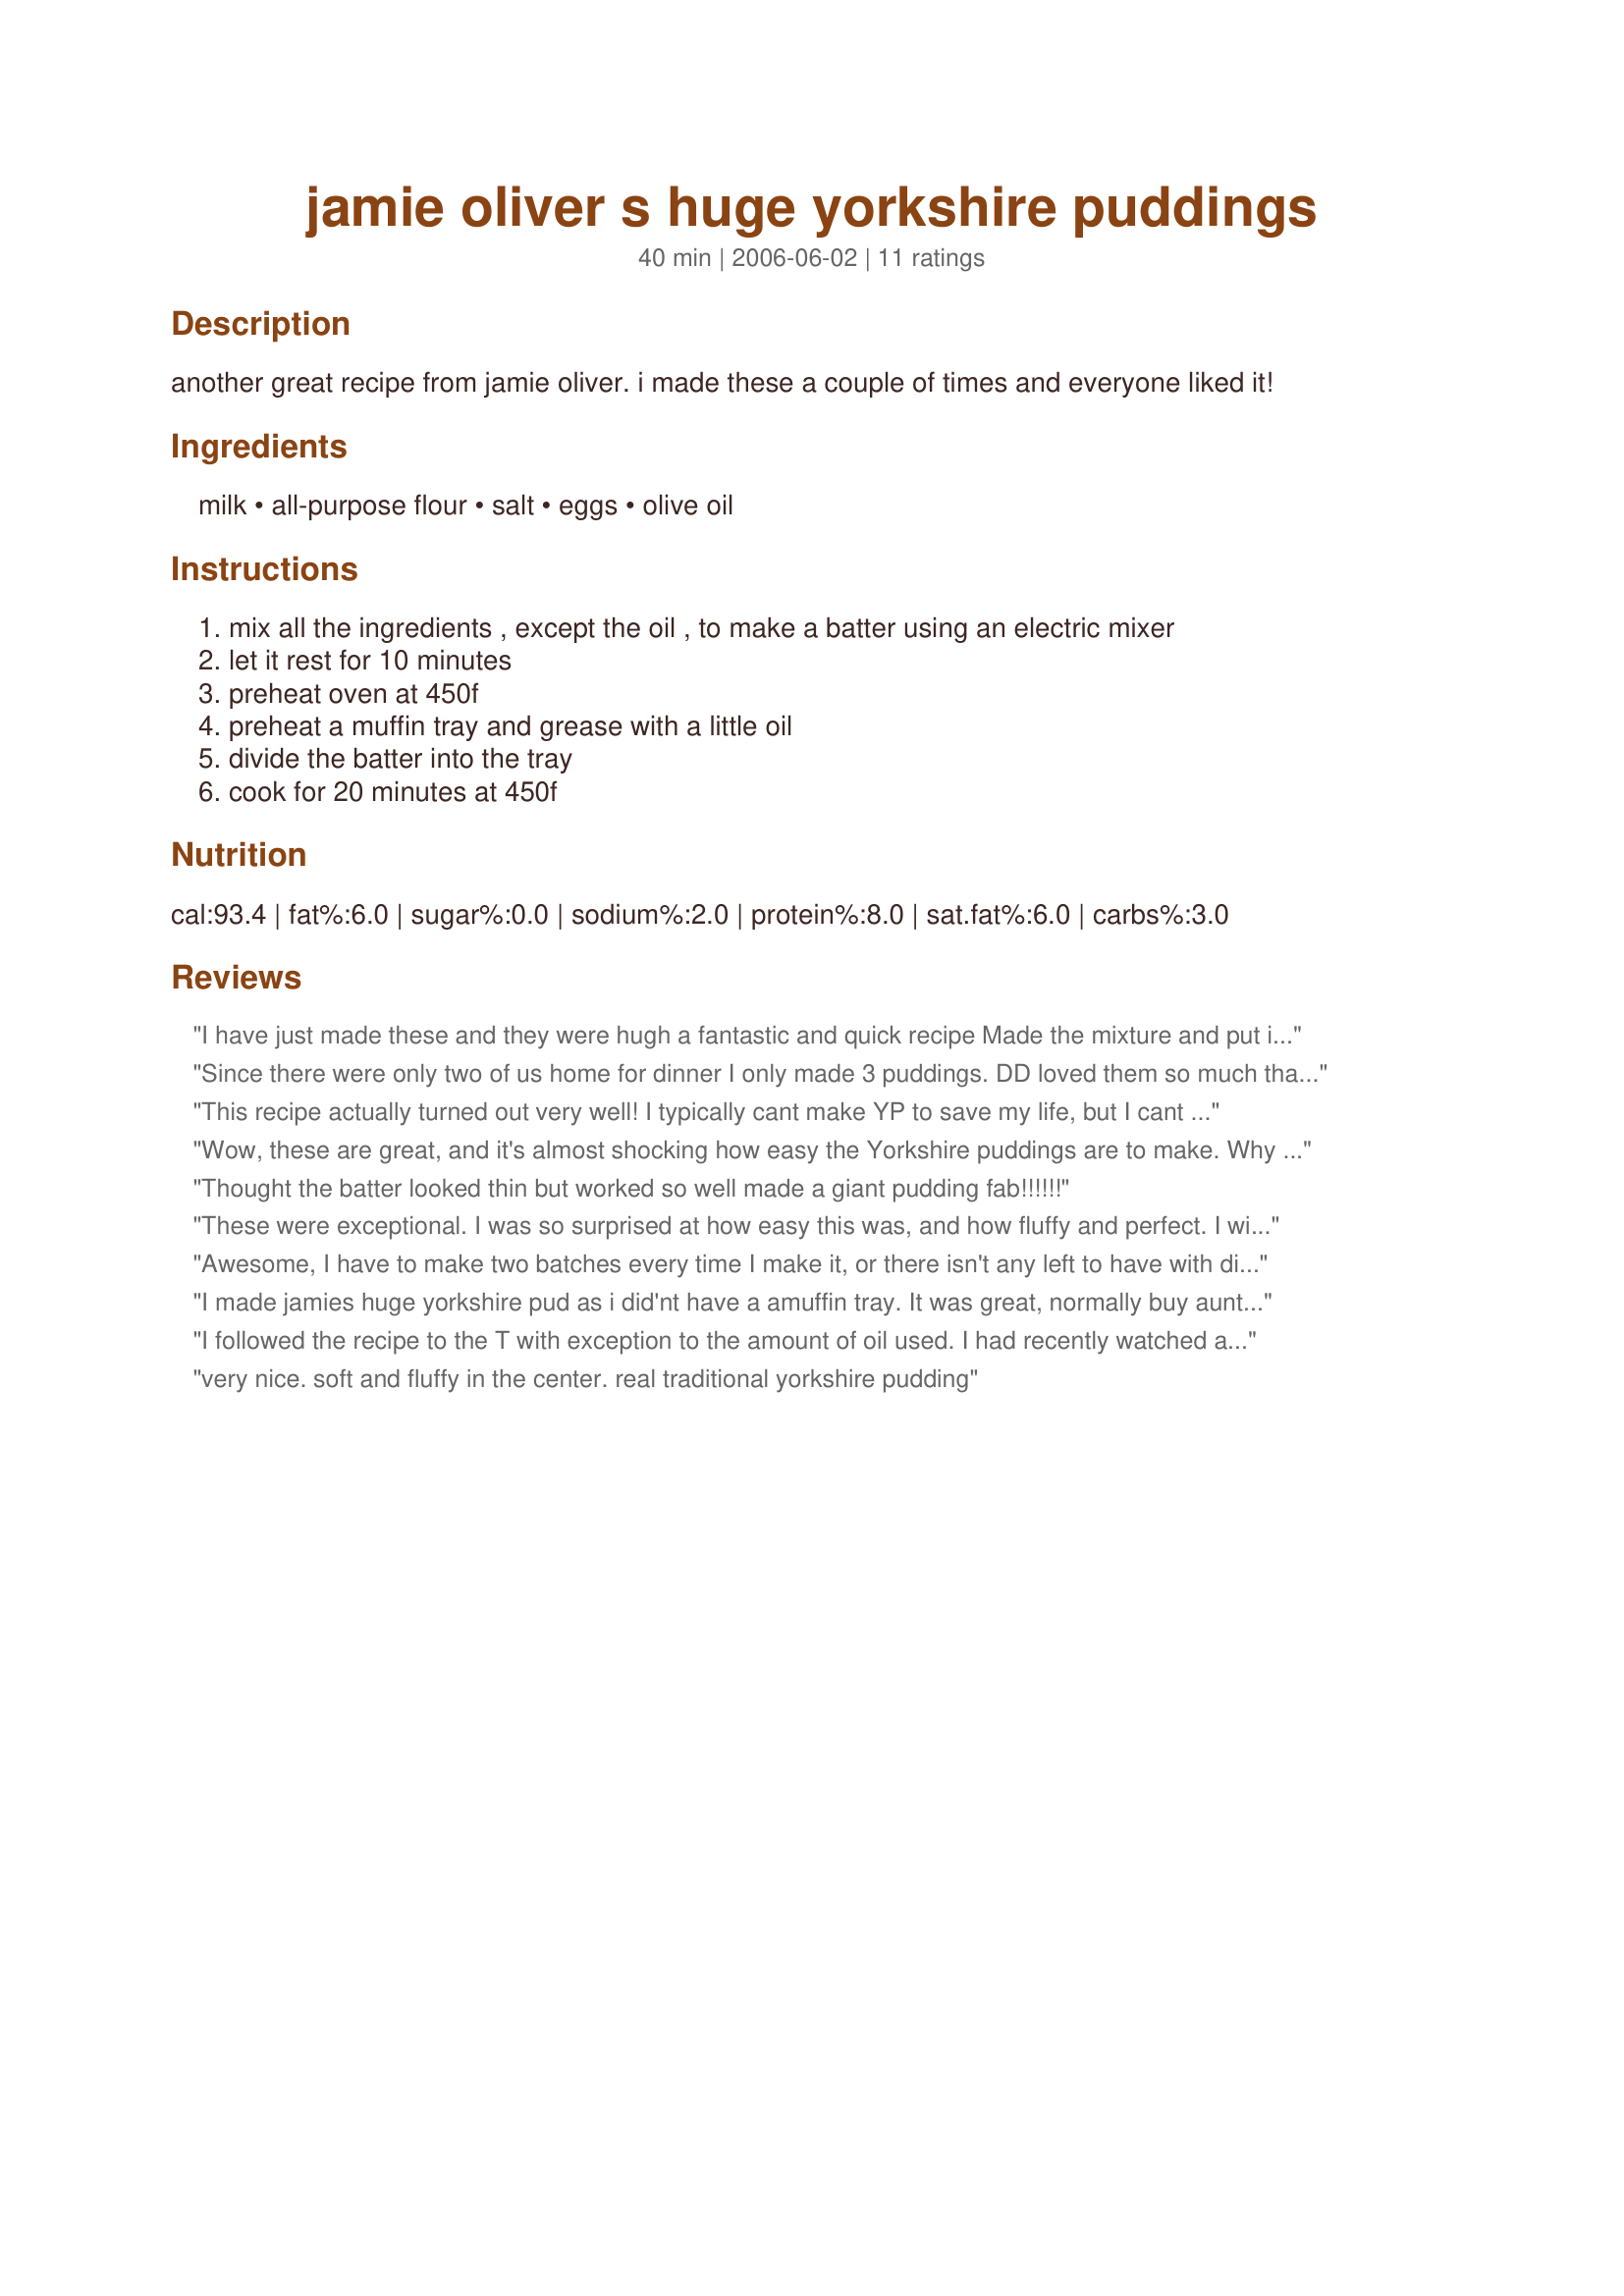
jamie oliver s huge yorkshire puddings
Preparation time: 40 minutes

another great recipe from jamie oliver. i made these a couple of times and everyone liked it!

Ingredients:
milk, all-purpose flour, salt, eggs, olive oil

Steps:
mix all the ingredients , except the oil , to make a batter using an electric mixer
let it rest for 10 minutes
preheat oven at 450f
preheat a muffin tray and grease with a little oil
divide the batter into the tray
cook for 20 minutes at 450f

Reviews:
I have just made these and they were hugh a fantastic and quick recipe <br/>Made the mixture and put it in fridge for a few hours before i used it, made this to the letter and found there to be too much mixture to fill my 12 bun tin still more for tomorrow.<br/>would be better off using a muffin tin rather than a small bun tin that i used
Since there were only two of us home for dinner I only made 3 puddings. DD loved them so much that she made three more for herself. Delicious!
This recipe actually turned out very well! I typically cant make YP to save my life, but I cant say that any more!!!
Wow, these are great, and it's almost shocking how easy the Yorkshire puddings are to make. Why would anyone ever want to buy frozen or prepared dinner rolls when you can make these in a matter of minutes? Thanks for sharing this awesome Jamie Oliver recipe- I'm a huge fan of his, and this one's a keeper.
Thought the batter looked thin but worked so well made a giant pudding fab!!!!!!
These were exceptional. I was so surprised at how easy this was, and how fluffy and perfect. I will never buy Yorkies again, not when they're this much better home made... thank you for the perfect recipe Katia! Made for Photo Tag
I made these again for Chrismtas. They're fantastic. I can't get over how great they are. Jamie (Oliver) is a legend!
Awesome, I have to make two batches every time I make it, or there isn't any left to have with dinner. Boys devour them!!
I made jamies huge yorkshire pud as i did'nt have a amuffin tray. It was great, normally buy aunt bessie frozen mix will never again. so easy to make & very tasty.
I followed the recipe to the T with exception to the amount of oil used. I had recently watched a youtube video of Jamie Oliver adding oil to the top 3 muffin spaces and then rolling it down to get the correct amount per tin... probably too much but 1 tablespoon definitely doesn't seem enough.
very nice. soft and fluffy in the center. real traditional yorkshire pudding
I over-baked the first batch, but the second batch was great! =) They ended up needing less than 14 minutes to bake... so that threw me off. =P Thanks!
